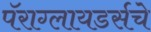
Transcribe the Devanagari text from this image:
पॅराग्लायडर्सचे